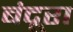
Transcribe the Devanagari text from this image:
बंदूरा